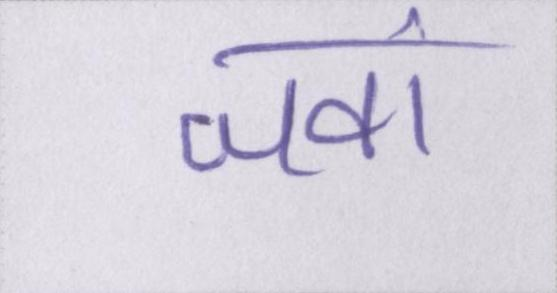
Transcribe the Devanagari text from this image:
जवां